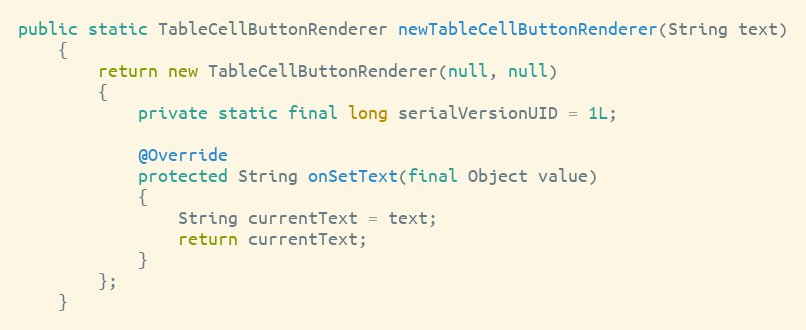
Language: Java
public static TableCellButtonRenderer newTableCellButtonRenderer(String text)
	{
		return new TableCellButtonRenderer(null, null)
		{
			private static final long serialVersionUID = 1L;

			@Override
			protected String onSetText(final Object value)
			{
				String currentText = text;
				return currentText;
			}
		};
	}